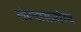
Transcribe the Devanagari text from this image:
लेण्यासमोरच